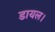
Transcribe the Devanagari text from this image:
डायल।